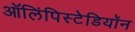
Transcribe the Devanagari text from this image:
ऑलिंपिस्टेडियॉन